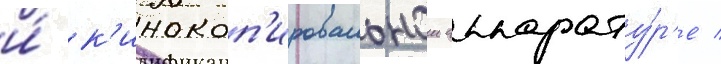
и́ к'инокоп'ировальнои аппарату́р'е /